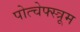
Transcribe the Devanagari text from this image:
पोत्चेफ्स्त्रूम